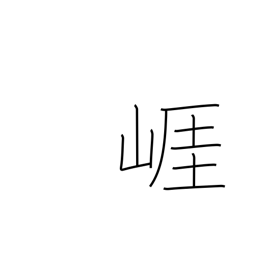
Meaning: bluff